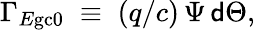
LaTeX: \Gamma_{E\mathrm{gc}0}\; \equiv\; (q/c)\, \Psi\, {\sf d}\Theta,